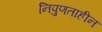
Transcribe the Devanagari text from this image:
निपुणताहीन